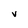
Character: V